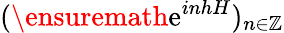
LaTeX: (\ensuremath{\mathrm{e}}^{inhH})_{n\in\mathbb{Z}}